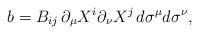
LaTeX: \begin{align*}b=B_{ij}\,\partial_\mu X^i\partial_\nu X^j\,d\sigma^\mu d\sigma^\nu,\end{align*}